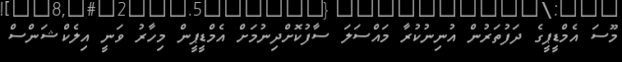
މޫސަ އެމްޑީޕީގެ ދަފުތަރުން އުނިނުކުރާ މައްސަލަ ސާފުކޮށްދިނުމަށް އެމްޑީޕީން މިހާރު ވަނީ އިލެކްޝަންސް